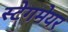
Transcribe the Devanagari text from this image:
स्टेगमेयर